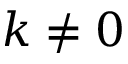
k \neq 0